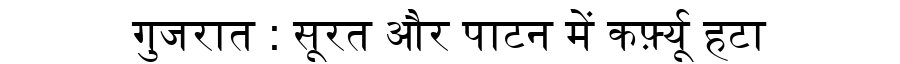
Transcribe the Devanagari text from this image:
गुजरात : सूरत और पाटन में कर्फ़्यू हटा